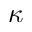
\kappa